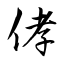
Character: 侾